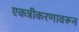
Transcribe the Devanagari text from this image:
एकत्रीकरणावरून